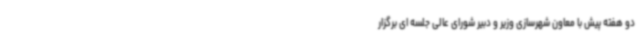
دو هفته پیش با معاون شهرسازی وزیر و دبیر شورای عالی جلسه ای برگزار